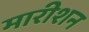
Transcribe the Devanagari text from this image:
मारीशन